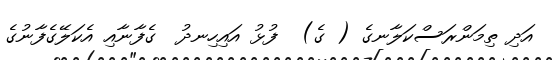
އަދި ތިމަންރަސްކަލާނގެ ( ގެ)  ފުޅު އައިހިނދު  ގެފާނާއި އެކަލޭގެފާނުގެ